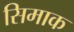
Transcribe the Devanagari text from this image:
सिमाक